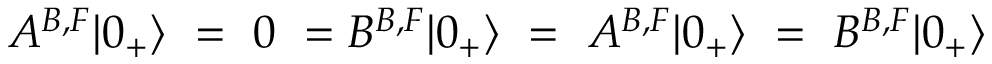
A ^ { B , F } | 0 _ { + } \rangle ~ = ~ 0 ~ = B ^ { B , F } | 0 _ { + } \rangle ~ = ~ A ^ { B , F } | 0 _ { + } \rangle ~ = ~ B ^ { B , F } | 0 _ { + } \rangle ~